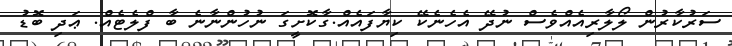
ސަރުކާރުން ލޯލާރިއެއްވެސް ނުދޭ އެހެނެކޭ ކިޔާފައެއް.ގާކޮށީގަ ނުހުންނާނެ ބާ ފްލެޓެއް. ޢަދި ބޮޑު